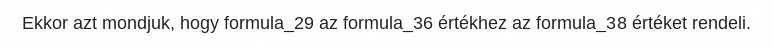
Ekkor azt mondjuk, hogy formula_29 az formula_36 értékhez az formula_38 értéket rendeli.